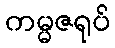
ကမ္မဇရုပ်